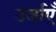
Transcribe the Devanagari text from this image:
उर्जाएँ